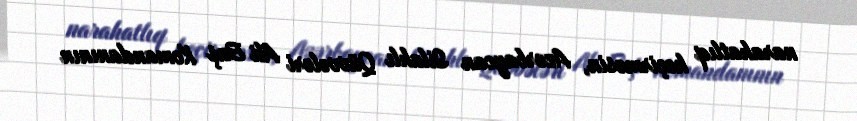
narahatlıq keçirməsin, Azərbaycan Silahlı Qüvvələri Ali Baş Komandanının